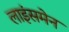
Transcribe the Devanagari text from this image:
लाइंसमेन